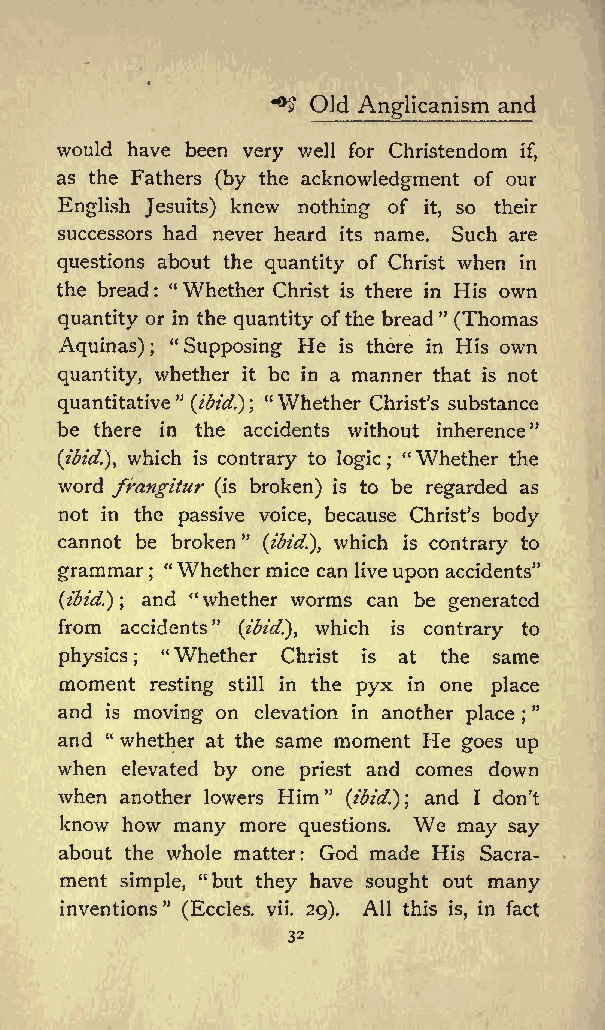
**$ Old Anglicanism and
 would have been very well for Christendom if,
 as the Fathers (by the acknowledgment of our
 English Jesuits) knew nothing of it, so their
 successors had never heard its name. Such are
 questions about the quantity of Christ when in
 the bread : &quot;Whether Christ is there in His own
 quantity or in the quantity ofthe bread&quot; (Thomas
 Aquinas) &quot; Supposing He is there in His own
 ;
 quantity, whether it be in a manner that is not
 quantitative&quot; (ibid.}; &quot;Whether Christs substance
 be there in the accidents without inherence&quot;
 (ibid.), which is contrary to logic ; &quot;Whether the
 word frangitur (is broken) is to be regarded as
 not in the passive voice, because Christs body
 cannot be broken&quot; (ibid.), which is contrary to
 grammar ; &quot;Whether mice can liveupon accidents&quot;
 (ibid.); and &quot;whether worms can be generated
 from accidents&quot; (ibid.), which is contrary to
 physics &quot;Whether Christ is at the same
 ;
 moment resting still in the pyx in one place
 and is moving on elevation in another place &quot;
 ;
 and &quot; whether at the same moment He goes up
 when elevated by one priest and comes down
 when another lowers Him &quot; (ibid.); and I don t
 know how many more questions. We may say
 about the whole matter: God made His Sacra
 ment simple, &quot;but they have sought out many
 inventions&quot; (Eccles. vii. 29). All this is, in fact
 32